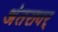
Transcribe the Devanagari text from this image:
अंतरावर्